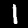
Label: 1